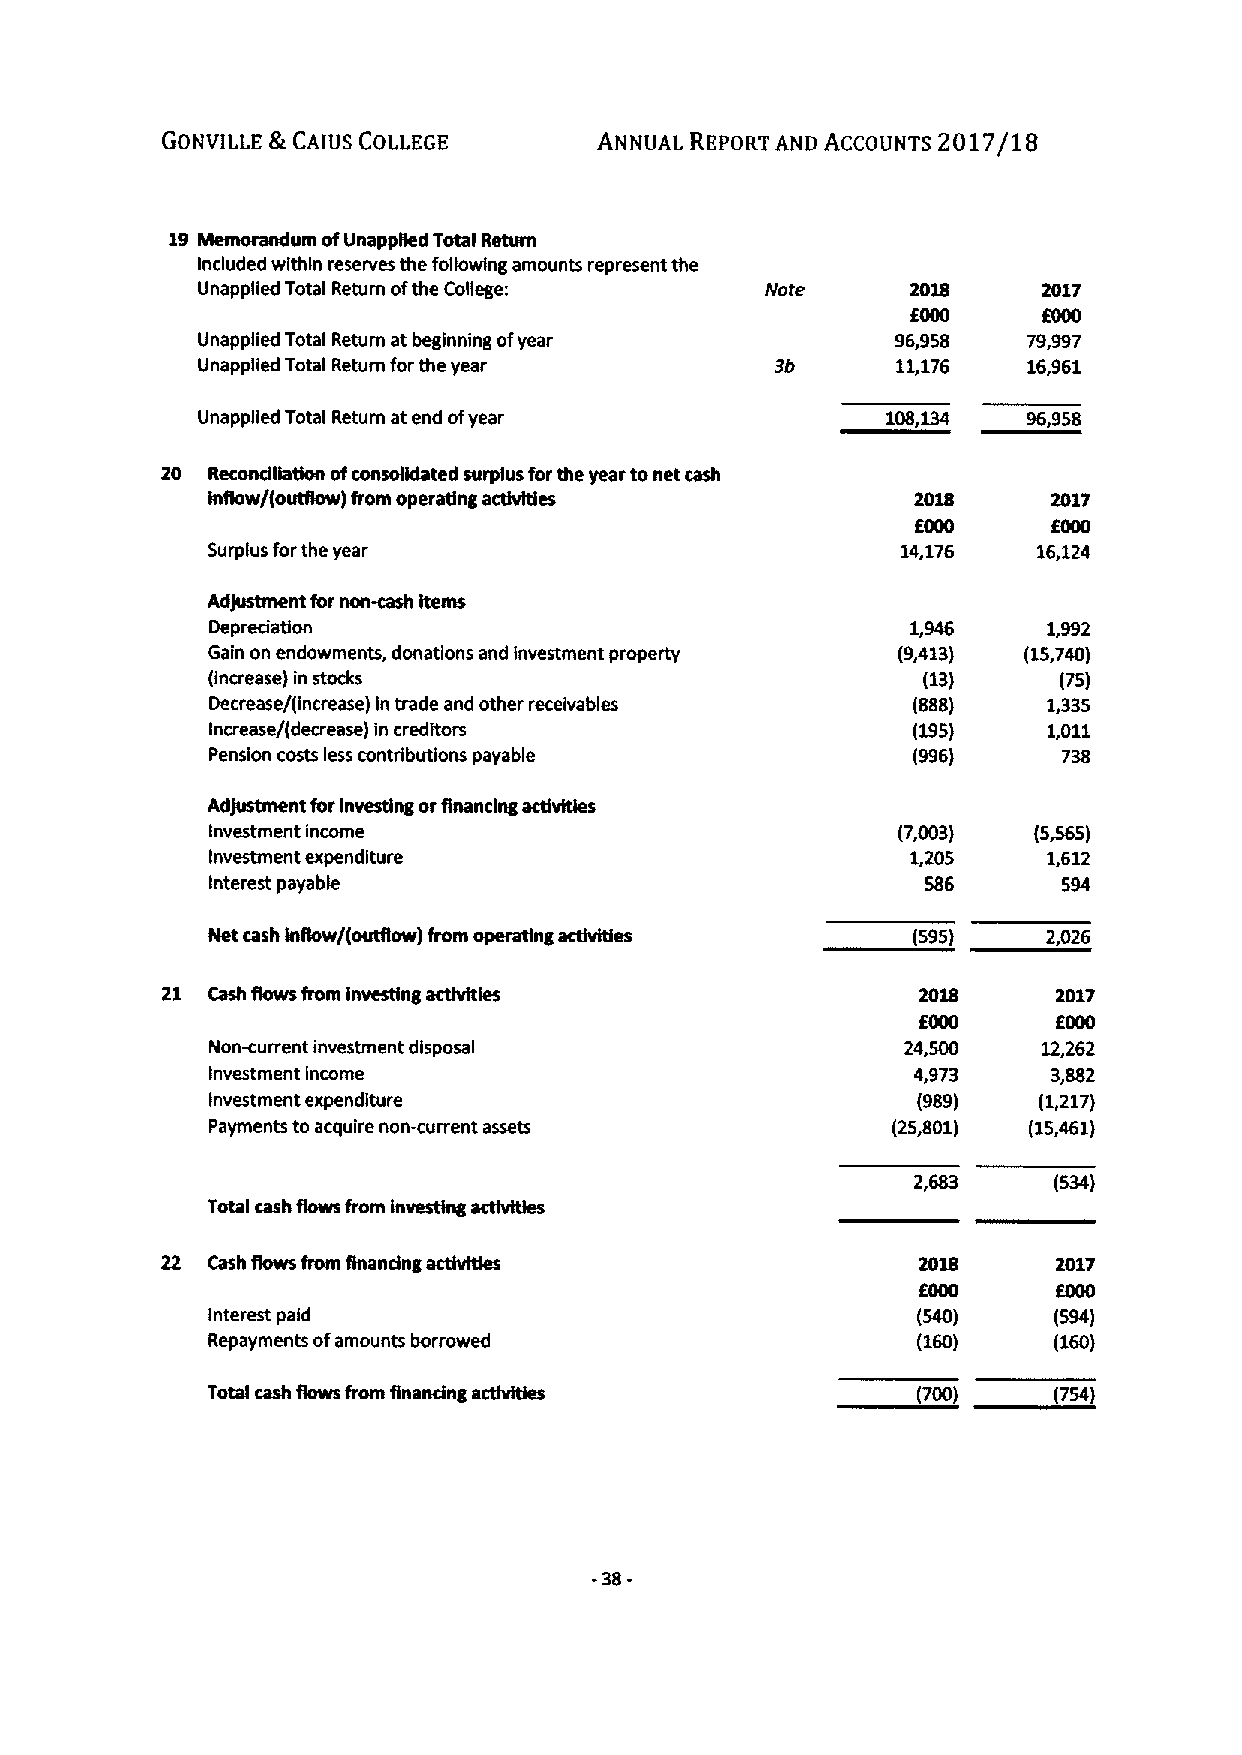
GONVILLE &CAIUS COLLEGE      ANNUAL REPORT AND ACCOUNTS 2017/18
 ~um
 19        ofUnappged Total Return
 Included within reserves the following amounts represent the
 Unapplied Total Return ofthe College: Iyote    2018     2017
 EMO      EOOD
 Unapplied Total Return at beginning ofyear    96,958   79,997
 Unapplied Total Return forthe year    3b      11,176   16,961
 Unapplied Total Return at end ofyear                   96,958
 20 Recondliation ofconsolidated surplus forthe year tonet cash
 inflow/(outgow) from operating actMtles        2018     2017
 EOOD     EOOD
 Surplus forthe year                           14,176   16,124
 Adjustment for non-cash items
 Depredation                                   1,946    1,992
 Gain on endowments, donations and investment property (9,413) (15,740)
 (increase) in stocks                           (13)     (75)
 Decrease/(increase) In trade and other receivables (888) 1,335
 Increase/(decrease) in creditors              (195)    1,011
 Pension costs less contributions payable      (996)     738
 Adjustment forinvesting orfinancing cthkties
 Investment income                            (7,003)  (5~5)
 Investment expenditure                        1,205    1,612
 Interest payable                               586      594
 Net cash Ingow/(outflow) from operating activities (595) 2,026
 21 Cash flows from investing activities           2018     2017
 EOOD     6000
 Non-current investment disposal               24,500   12,262
 Investment Income                             4,973     3,882
 Investment expenditure                         (989)   (1,217)
 Payments toacquire non-current assets        (25,801) (15,461)
 (534)
 Total cash Rows from investing actlvNes
 22 Cash flows from flnandng activNes                       2017
 EOOD
 Interest paid                                  (540)    (594)
 Repayments ofamounts borrowed                  (160)    (160)
 Total cash fhwvs from Rnandng activNes         (700)    (754)
 -38-